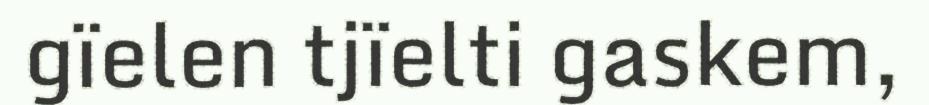
gïelen tjïelti gaskem,